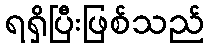
ရရှိပြီးဖြစ်သည်